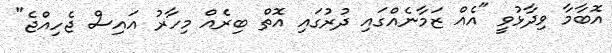
އޮބާމާ ވިދާޅުވީ "އެއް ޒަމާނެއްގައި ދުރުގައި އޮތް ބިރެއް މިހާރު އައިސް ޖެހިއްޖެ"